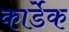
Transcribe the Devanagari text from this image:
कार्डेक